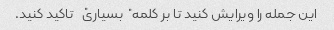
این جمله را ویرایش کنید تا بر کلمه "بسیاری" تاکید کنید.